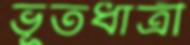
ভূতধাত্রী